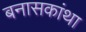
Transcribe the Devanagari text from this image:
बनासकांथा